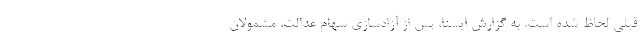
قبلی لحاظ شده است. به گزارش ایسنا، پس از آزادسازی سهام عدالت، مشمولان